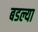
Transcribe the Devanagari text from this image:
बडल्या